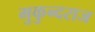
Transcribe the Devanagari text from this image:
मुकुन्दराज